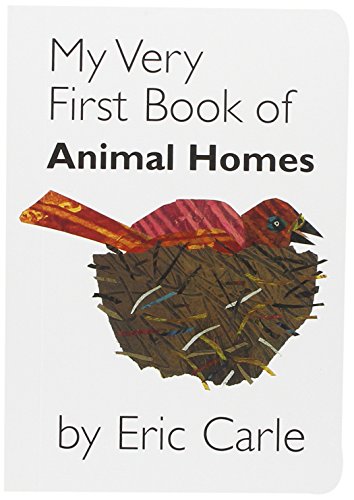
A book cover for My Very First Book of Animal Homes; Eric Carle; Children's Books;